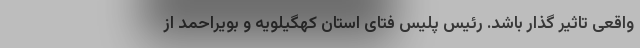
واقعی تاثیر گذار باشد. رئیس پلیس فتای استان کهگیلویه و بویراحمد از